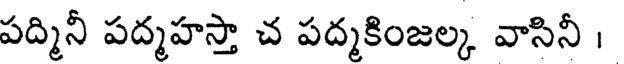
పద్మినీ పద్మహస్తా చ పద్మకింజల్క వాసినీ ।